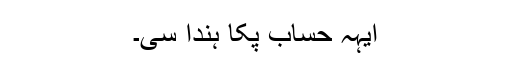
ایہہ حساب پکا ہُندا سی۔